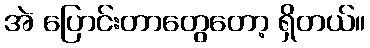
အဲ ပြောင်းတာတွေတော့ ရှိတယ်။